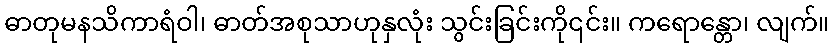
ဓာတုမနသိကာရံဝါ၊ ဓာတ်အစုသာဟုနှလုံး သွင်းခြင်းကို၎င်း။ ကရောန္တော၊ လျက်။